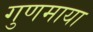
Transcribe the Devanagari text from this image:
गुणमाया